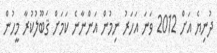
ދުނިޔެ އަށް 2012 ވަނަ އަހަރު ނިމުން އަންނާނެ ކަމަށް ޤަބޫލުކުރާ މީހުން